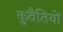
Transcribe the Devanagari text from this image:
कुवैतियों